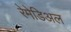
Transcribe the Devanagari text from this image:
रेमेडिअल